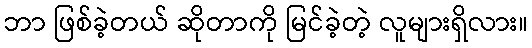
ဘာ ဖြစ်ခဲ့တယ် ဆိုတာကို မြင်ခဲ့တဲ့ လူများရှိလား။